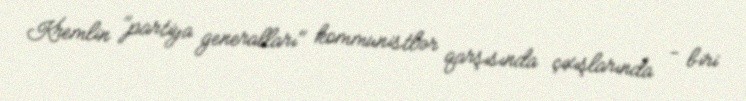
Kremlin "partiya generalları" kommunistlər qarşısında çıxışlarında - biri